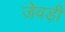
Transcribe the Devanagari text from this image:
जेवड़ी